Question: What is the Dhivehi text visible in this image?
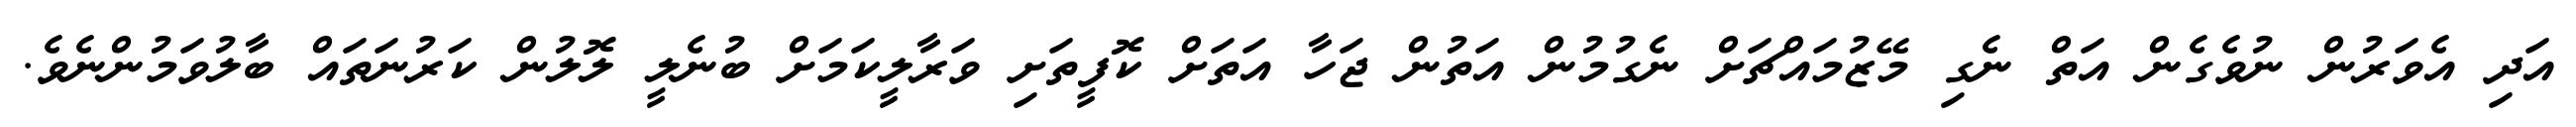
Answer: އަދި އެވަރުން ނުވެގެން އަތް ނެގި މޭޒުމައްޗަށް ނެގުމުން އަތުން ޖަހާ އަތަށް ކޮފީތަށި ވަރާލީކަމަށް ބުނެލީ ލޮލުން ކަރުނަތައް ބާލުވަމުންނެވެ.